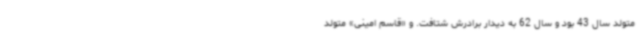
متولد سال 43 بود و سال 62 به دیدار برادرش شتافت. و «قاسم امینی» متولد